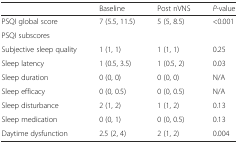
<table><thead><tr><td></td><td><b>Baseline</b></td><td><b>Post nVNS</b></td><td><b><i>P-</i>value</b></td></tr></thead><tbody><tr><td>PSQI global score</td><td>7 (5.5, 11.5)</td><td>5 (5, 8.5)</td><td>&lt;0.001</td></tr><tr><td>PSQI subscores</td><td></td><td></td><td></td></tr><tr><td>Subjective sleep quality</td><td>1 (1, 1)</td><td>1 (1, 1)</td><td>0.25</td></tr><tr><td>Sleep latency</td><td>1 (0.5, 3.5)</td><td>1 (0.5, 2)</td><td>0.03</td></tr><tr><td>Sleep duration</td><td>0 (0, 0)</td><td>0 (0, 0)</td><td>N/A</td></tr><tr><td>Sleep efficacy</td><td>0 (0, 0.5)</td><td>0 (0, 0.5)</td><td>N/A</td></tr><tr><td>Sleep disturbance</td><td>2 (1, 2)</td><td>1 (1, 2)</td><td>0.13</td></tr><tr><td>Sleep medication</td><td>0 (0, 1)</td><td>0 (0, 0.5)</td><td>0.13</td></tr><tr><td>Daytime dysfunction</td><td>2.5 (2, 4)</td><td>2 (1, 2)</td><td>0.004</td></tr></tbody></table>